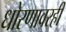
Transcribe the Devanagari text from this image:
धोरणावरही